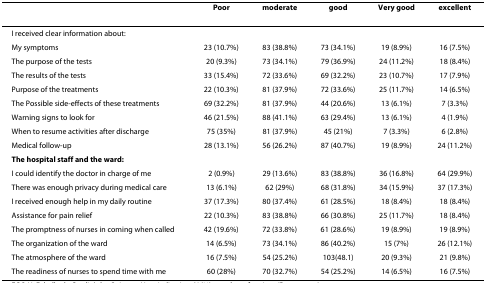
<table><thead><tr><td></td><td><b>Poor</b></td><td><b>moderate</b></td><td><b>good</b></td><td><b>Very good</b></td><td><b>excellent</b></td></tr></thead><tbody><tr><td>I received clear information about:</td><td></td><td></td><td></td><td></td><td></td></tr><tr><td>My symptoms</td><td>23 (10.7%)</td><td>83 (38.8%)</td><td>73 (34.1%)</td><td>19 (8.9%)</td><td>16 (7.5%)</td></tr><tr><td>The purpose of the tests</td><td>20 (9.3%)</td><td>73 (34.1%)</td><td>79 (36.9%)</td><td>24 (11.2%)</td><td>18 (8.4%)</td></tr><tr><td>The results of the tests</td><td>33 (15.4%)</td><td>72 (33.6%)</td><td>69 (32.2%)</td><td>23 (10.7%)</td><td>17 (7.9%)</td></tr><tr><td>Purpose of the treatments</td><td>22 (10.3%)</td><td>81 (37.9%)</td><td>72 (33.6%)</td><td>25 (11.7%)</td><td>14 (6.5%)</td></tr><tr><td>The Possible side-effects of these treatments</td><td>69 (32.2%)</td><td>81 (37.9%)</td><td>44 (20.6%)</td><td>13 (6.1%)</td><td>7 (3.3%)</td></tr><tr><td>Warning signs to look for</td><td>46 (21.5%)</td><td>88 (41.1%)</td><td>63 (29.4%)</td><td>13 (6.1%)</td><td>4 (1.9%)</td></tr><tr><td>When to resume activities after discharge</td><td>75 (35%)</td><td>81 (37.9%)</td><td>45 (21%)</td><td>7 (3.3%)</td><td>6 (2.8%)</td></tr><tr><td>Medical follow-up</td><td>28 (13.1%)</td><td>56 (26.2%)</td><td>87 (40.7%)</td><td>19 (8.9%)</td><td>24 (11.2%)</td></tr><tr><td><b>The hospital staff and the ward:</b></td><td></td><td></td><td></td><td></td><td></td></tr><tr><td>I could identify the doctor in charge of me</td><td>2 (0.9%)</td><td>29 (13.6%)</td><td>83 (38.8%)</td><td>36 (16.8%)</td><td>64 (29.9%)</td></tr><tr><td>There was enough privacy during medical care</td><td>13 (6.1%)</td><td>62 (29%)</td><td>68 (31.8%)</td><td>34 (15.9%)</td><td>37 (17.3%)</td></tr><tr><td>I received enough help in my daily routine</td><td>37 (17.3%)</td><td>80 (37.4%)</td><td>61 (28.5%)</td><td>18 (8.4%)</td><td>18 (8.4%)</td></tr><tr><td>Assistance for pain relief</td><td>22 (10.3%)</td><td>83 (38.8%)</td><td>66 (30.8%)</td><td>25 (11.7%)</td><td>18 (8.4%)</td></tr><tr><td>The promptness of nurses in coming when called</td><td>42 (19.6%)</td><td>72 (33.8%)</td><td>61 (28.6%)</td><td>19 (8.9%)</td><td>19 (8.9%)</td></tr><tr><td>The organization of the ward</td><td>14 (6.5%)</td><td>73 (34.1%)</td><td>86 (40.2%)</td><td>15 (7%)</td><td>26 (12.1%)</td></tr><tr><td>The atmosphere of the ward</td><td>16 (7.5%)</td><td>54 (25.2%)</td><td>103(48.1)</td><td>20 (9.3%)</td><td>21 (9.8%)</td></tr><tr><td>The readiness of nurses to spend time with me</td><td>60 (28%)</td><td>70 (32.7%)</td><td>54 (25.2%)</td><td>14 (6.5%)</td><td>16 (7.5%)</td></tr></tbody></table>